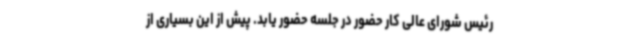
رئیس شورای عالی کار حضور در جلسه حضور یابد. پیش از این بسیاری از